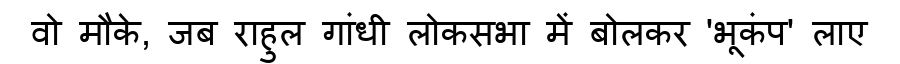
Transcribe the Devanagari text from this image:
वो मौके, जब राहुल गांधी लोकसभा में बोलकर 'भूकंप' लाए